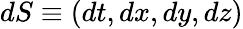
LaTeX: dS\equiv(dt,dx,dy,dz)